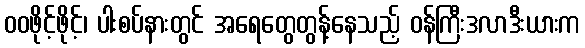
ဝဝဖိုင့်ဖိုင့်၊ ပါးစပ်နားတွင် အရေတွေတွန့်နေသည့် ဝန်ကြီးဒလာဒီးယားက